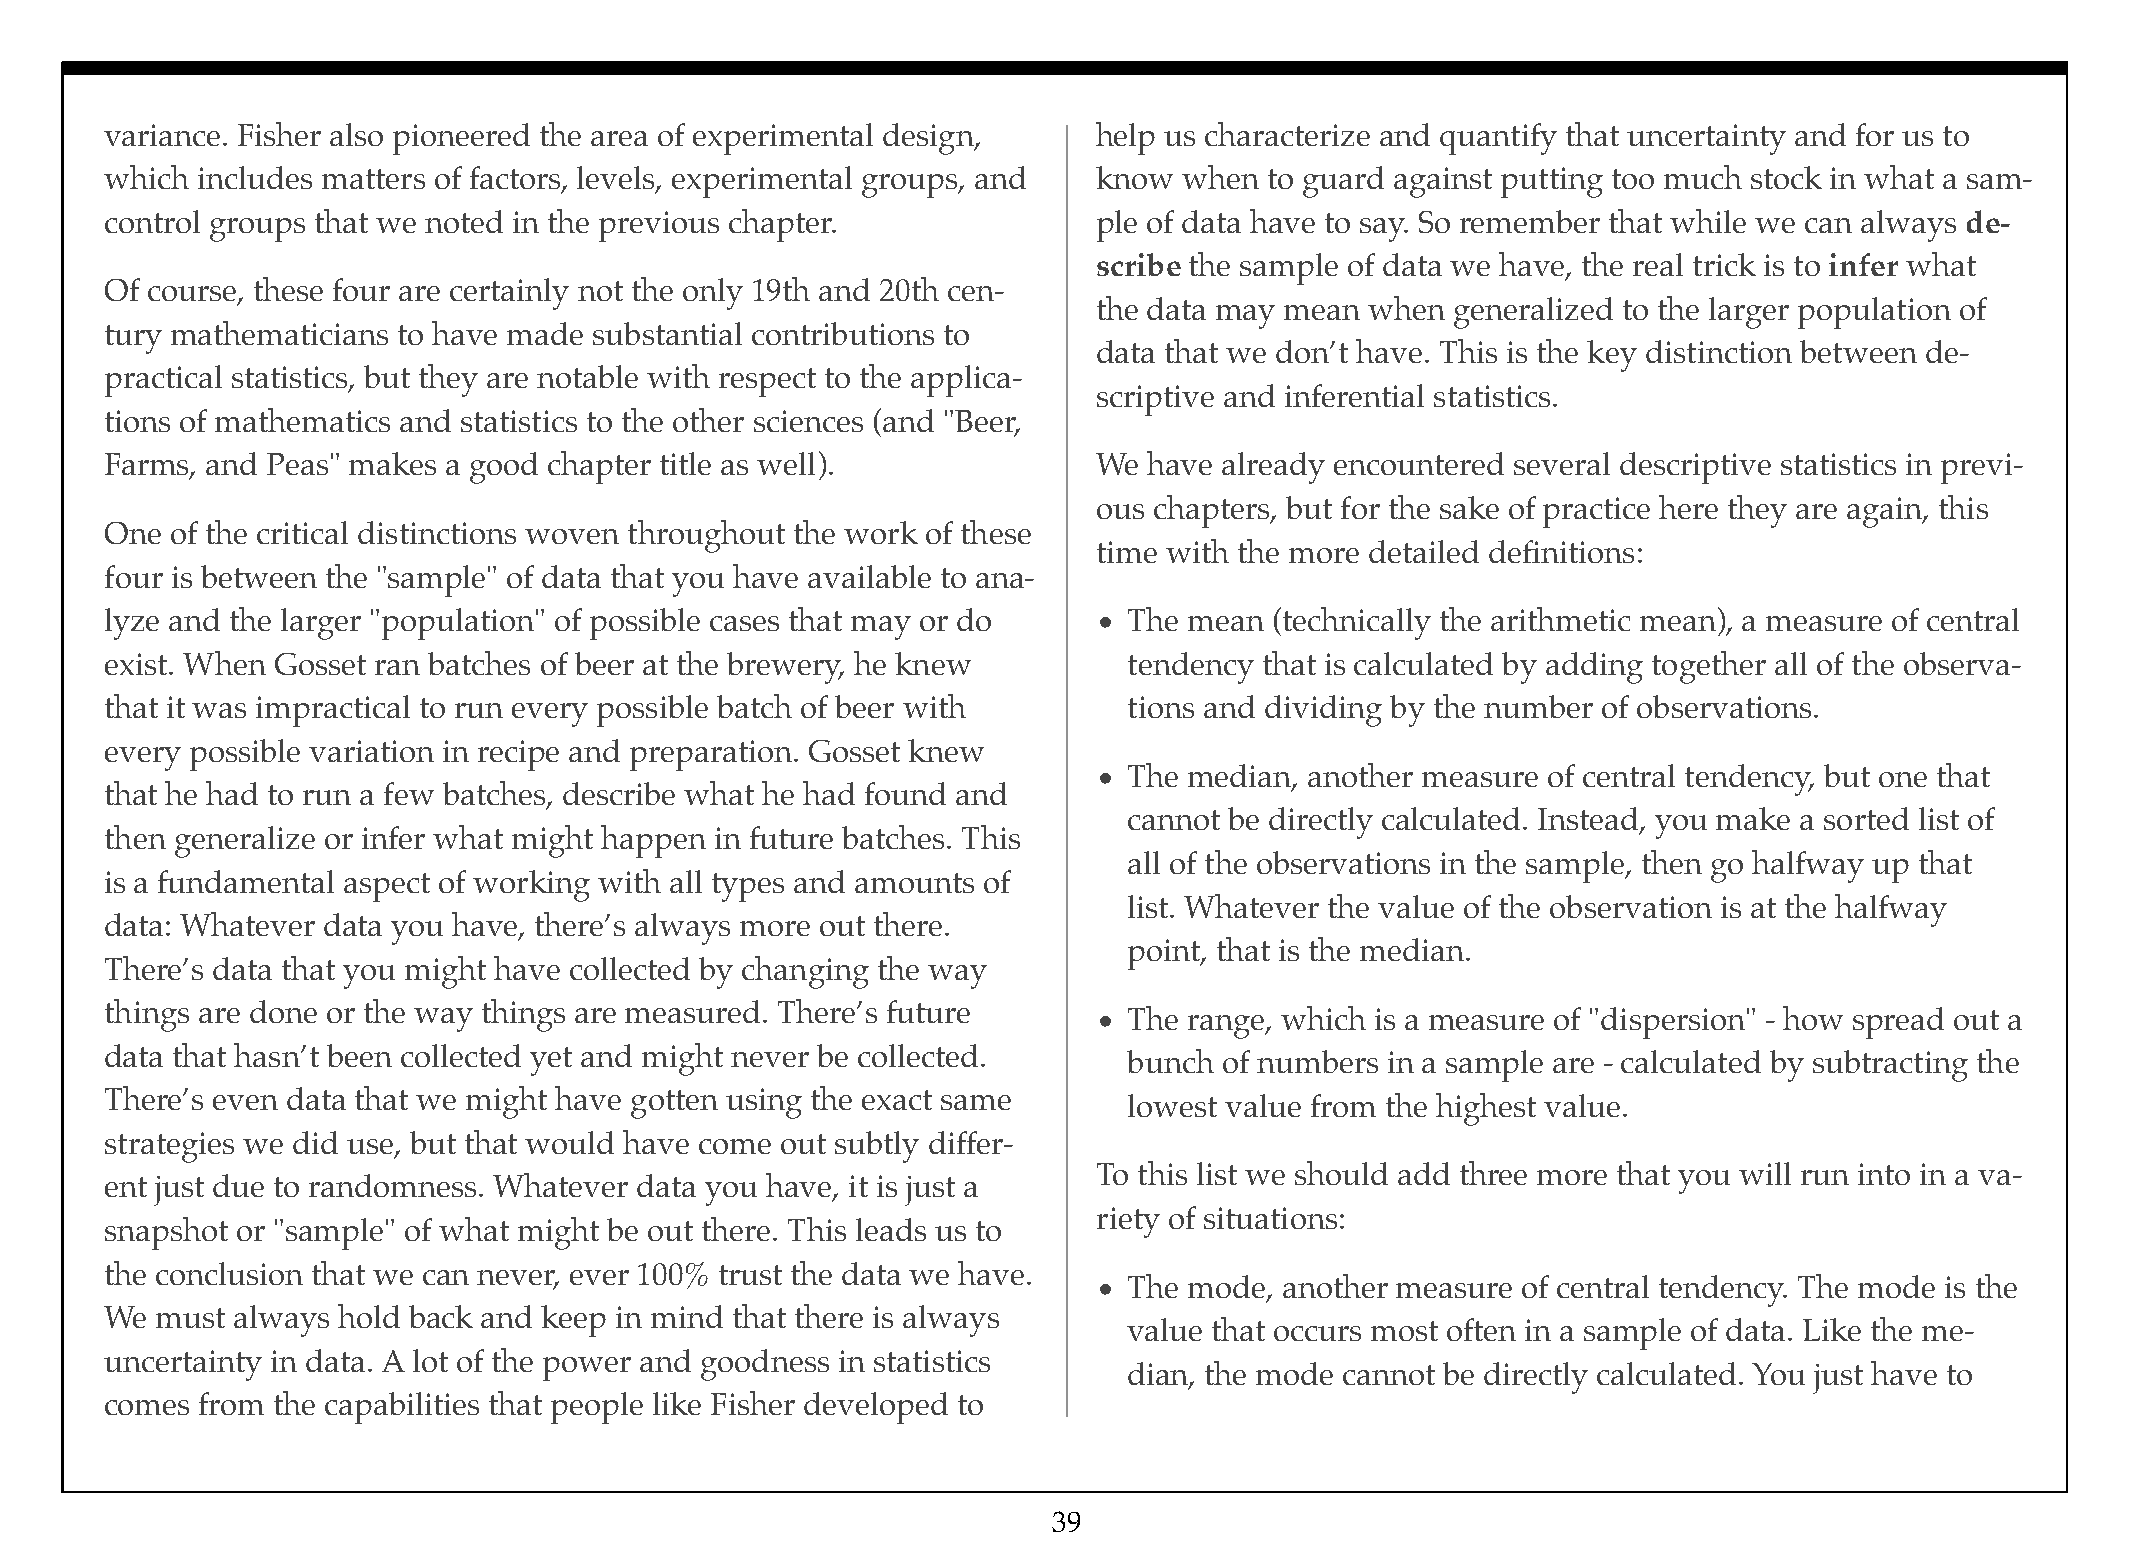
variance. Fisher also pioneered the area of experimental design,  help us characterize and quantify that uncertainty and for us to
 which includes matters of factors, levels, experimental groups, and know when to guard against putting too much stock in what a sam-
 control groups that we noted in the previous chapter.             ple of data have to say. So remember that while we can always de-
 scribe the sample of data we have, the real trick is to infer what
 Of course, these four are certainly not the only 19th and 20th cen-
 the data may mean when generalized to the larger population of
 tury mathematicians to have made substantial contributions to
 data that we don’t have. This is the key distinction between de-
 practical statistics, but they are notable with respect to the applica-
 scriptive and inferential statistics.
 tions of mathematics and statistics to the other sciences (and "Beer,
 Farms, and Peas" makes a good chapter title as well).             We have already encountered several descriptive statistics in previ-
 ous chapters, but for the sake of practice here they are again, this
 One of the critical distinctions woven throughout the work of these
 time with the more detailed definitions:
 four is between the "sample" of data that you have available to ana-
 lyze and the larger "population" of possible cases that may or do • The mean (technically the arithmetic mean), a measure of central
 exist. When Gosset ran batches of beer at the brewery, he knew      tendency that is calculated by adding together all of the observa-
 that it was impractical to run every possible batch of beer with    tions and dividing by the number of observations.
 every possible variation in recipe and preparation. Gosset knew
 • The median, another measure of central tendency, but one that
 that he had to run a few batches, describe what he had found and
 cannot be directly calculated. Instead, you make a sorted list of
 then generalize or infer what might happen in future batches. This
 all of the observations in the sample, then go halfway up that
 is a fundamental aspect of working with all types and amounts of
 list. Whatever the value of the observation is at the halfway
 data: Whatever data you have, there’s always more out there.
 point, that is the median.
 There’s data that you might have collected by changing the way
 things are done or the way things are measured. There’s future
 • The range, which is a measure of "dispersion" - how spread out a
 data that hasn’t been collected yet and might never be collected.
 bunch of numbers in a sample are - calculated by subtracting the
 There’s even data that we might have gotten using the exact same
 lowest value from the highest value.
 strategies we did use, but that would have come out subtly differ-
 To this list we should add three more that you will run into in a va-
 ent just due to randomness. Whatever data you have, it is just a
 riety of situations:
 snapshot or "sample" of what might be out there. This leads us to
 the conclusion that we can never, ever 100% trust the data we have.
 • The mode, another measure of central tendency. The mode is the
 We must always hold back and keep in mind that there is always
 value that occurs most often in a sample of data. Like the me-
 uncertainty in data. A lot of the power and goodness in statistics
 dian, the mode cannot be directly calculated. You just have to
 comes from the capabilities that people like Fisher developed to
 39